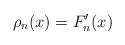
LaTeX: \begin{align*}\rho_n(x) = F_n'(x)\end{align*}